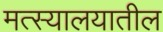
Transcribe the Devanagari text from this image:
मत्स्यालयातील